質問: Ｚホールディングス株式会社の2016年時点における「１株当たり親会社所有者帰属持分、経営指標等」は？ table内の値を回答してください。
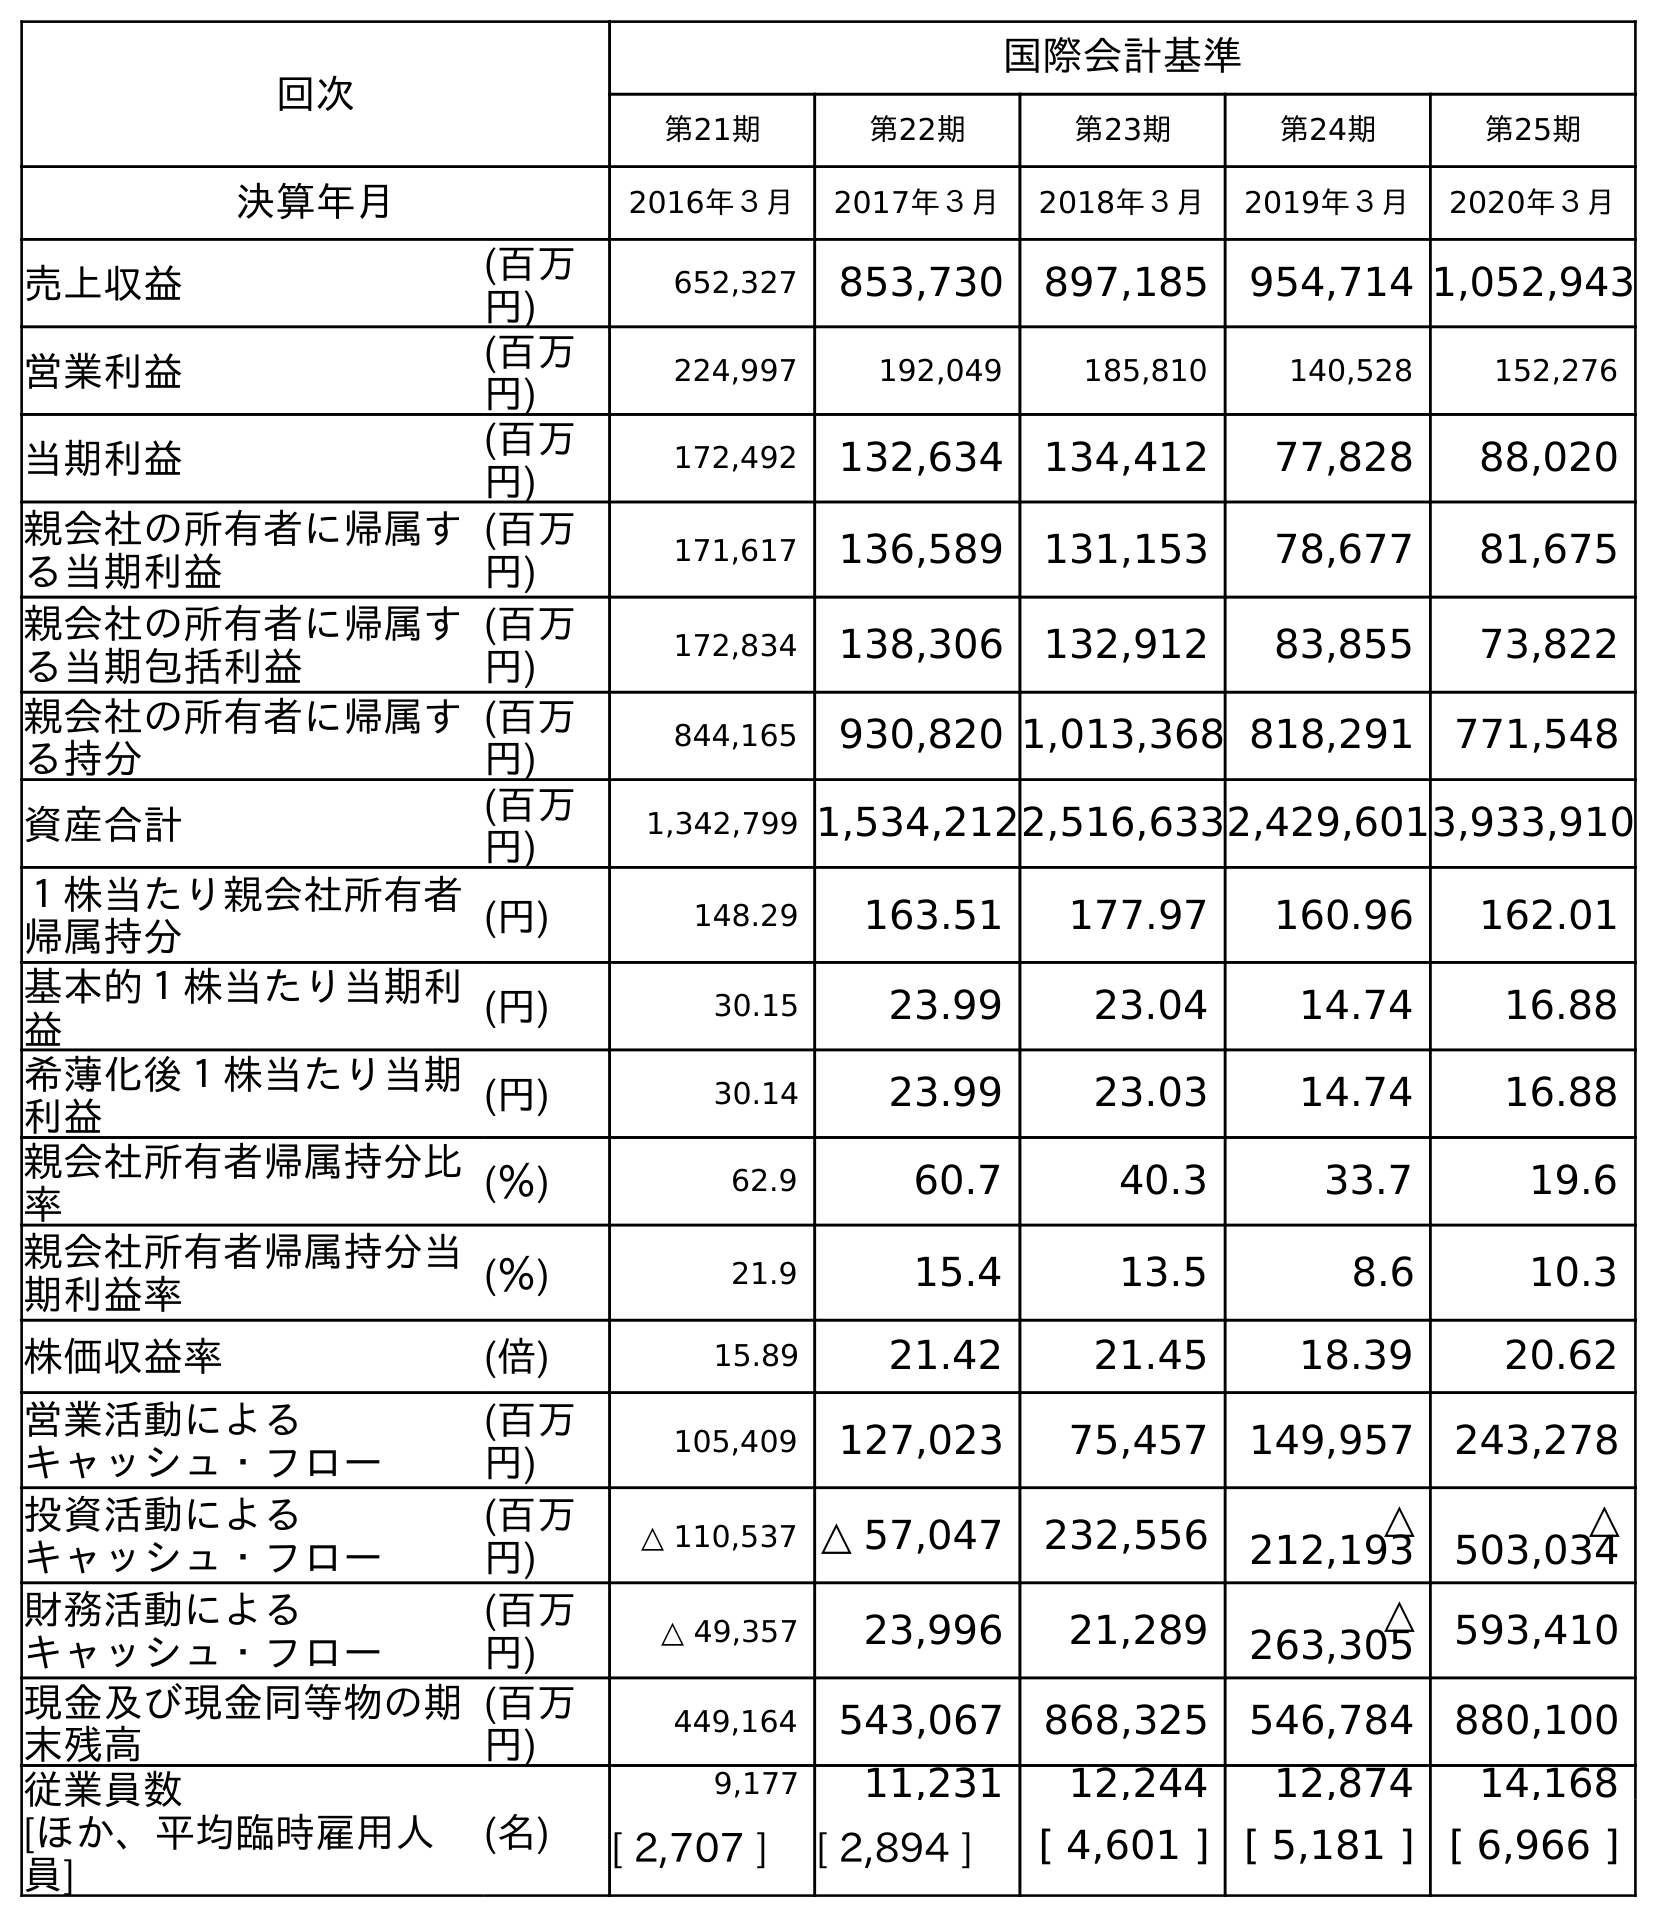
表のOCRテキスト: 回次 国際会計基準 第21期 第22期 第23期 第24期 第25期 決算年月 2016年３月 2017年３月 2018年３月 2019年３月 2020年３月 売上収益 (百万 円) 652,327 853,730 897,185 954,714 1,052,943 営業利益 (百万 円) 224,997 192,049 185,810 140,528 152,276 当期利益 (百万 円) 172,492 132,634 134,412 77,828 88,020 親会社の所有者に帰属す る当期利益 (百万 円) 171,617 136,589 131,153 78,677 81,675 親会社の所有者に帰属す る当期包括利益 (百万 円) 172,834 138,306 132,912 83,855 73,822 親会社の所有者に帰属す る持分 (百万 円) 844,165 930,820 1,013,368 818,291 771,548 資産合計 (百万 円) 1,342,799 1,534,2122,516,6332,429,6013,933,910 １株当たり親会社所有者 帰属持分 (円) 148.29 163.51 177.97 160.96 162.01 基本的１株当たり当期利 益 (円) 30.15 23.99 23.04 14.74 16.88 希薄化後１株当たり当期 利益 (円) 30.14 23.99 23.03 14.74 16.88 親会社所有者帰属持分比 率 (％) 62.9 60.7 40.3 33.7 19.6 親会社所有者帰属持分当 期利益率 (％) 21.9 15.4 13.5 8.6 10.3 株価収益率 (倍) 15.89 21.42 21.45 18.39 20.62 営業活動による キャッシュ・フロー (百万 円) 105,409 127,023 75,457 149,957 243,278 投資活動による キャッシュ・フロー (百万 円) △ 110,537 △ 57,047 232,556 △ 212,193 △ 503,034 財務活動による キャッシュ・フロー (百万 円) △ 49,357 23,996 21,289 △ 263,305 593,410 現金及び現金同等物の期 末残高 (百万 円) 449,164 543,067 868,325 546,784 880,100 従業員数 [ほか、平均臨時雇用人 員] (名) 9,177 11,231 12,244 12,874 14,168 [ 2,707 ] [ 2,894 ] [ 4,601 ] [ 5,181 ] [ 6,966 ]
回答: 148.29